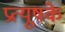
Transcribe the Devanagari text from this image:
प्रत्यूषके